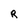
Character: R